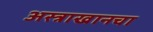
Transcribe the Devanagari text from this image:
अस्त्राखानचा